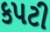
કપટી